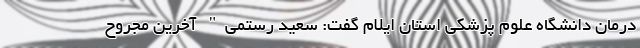
درمان دانشگاه علوم پزشکی استان ایلام گفت: سعید رستمی" آخرین مجروح